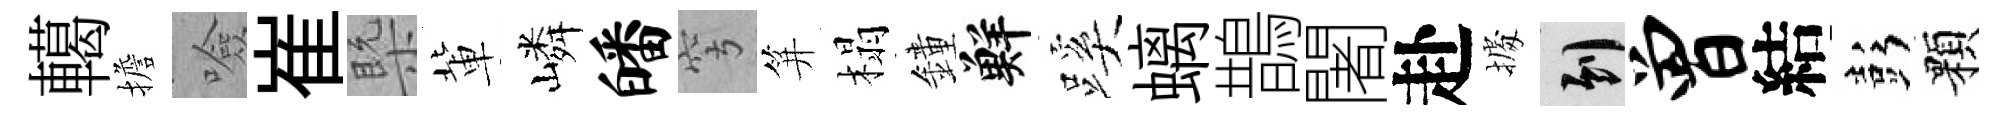
轕擔噞崔槩軰嶙皤穹笄榻鐘鮮蹊螭鵲闍赴𢴃到曾結彭顆